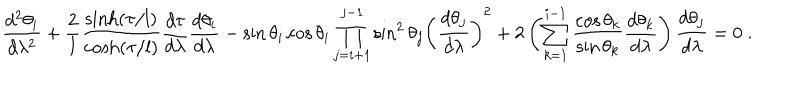
\displaystyle \frac { d ^ { 2 } \theta _ { i } } { d \lambda ^ { 2 } } + \frac { 2 } { l } \frac { \sinh ( \tau / l ) } { \cosh ( \tau / l ) } \frac { d \tau } { d \lambda } \frac { d \theta _ { i } } { d \lambda } - \sin \theta _ { i } \cos \theta _ { i } \prod _ { j = i + 1 } ^ { j - 1 } \sin ^ { 2 } \theta _ { j } \left( \frac { d \theta _ { j } } { d \lambda } \right) ^ { 2 } + 2 \left( \sum _ { k = 1 } ^ { i - 1 } \frac { \cos \theta _ { k } } { \sin \theta _ { k } } \frac { d \theta _ { k } } { d \lambda } \right) \frac { d \theta _ { j } } { d \lambda } = 0 \; .